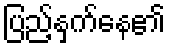
ပြည့်နှက်နေ၏